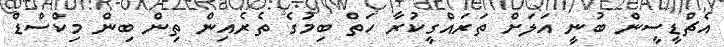
އެޗްޑީސީން ބުނީ އަލަށް ތަރައްގީކުރާ ހަތް ބިމުގެ ތެރެއިން ތިން ބިން މިކްސްޑް